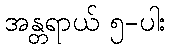
အန္တရာယ် ၅-ပါး